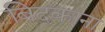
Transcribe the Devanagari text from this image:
बिदकाना